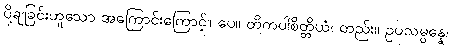
ပို့ချခြင်းဟူသော အကြောင်းကြောင့်။ ပေ။ တိကပါစိတ္တိယံ၊ တည်း။ ဥပသမ္ပန္နေ၊